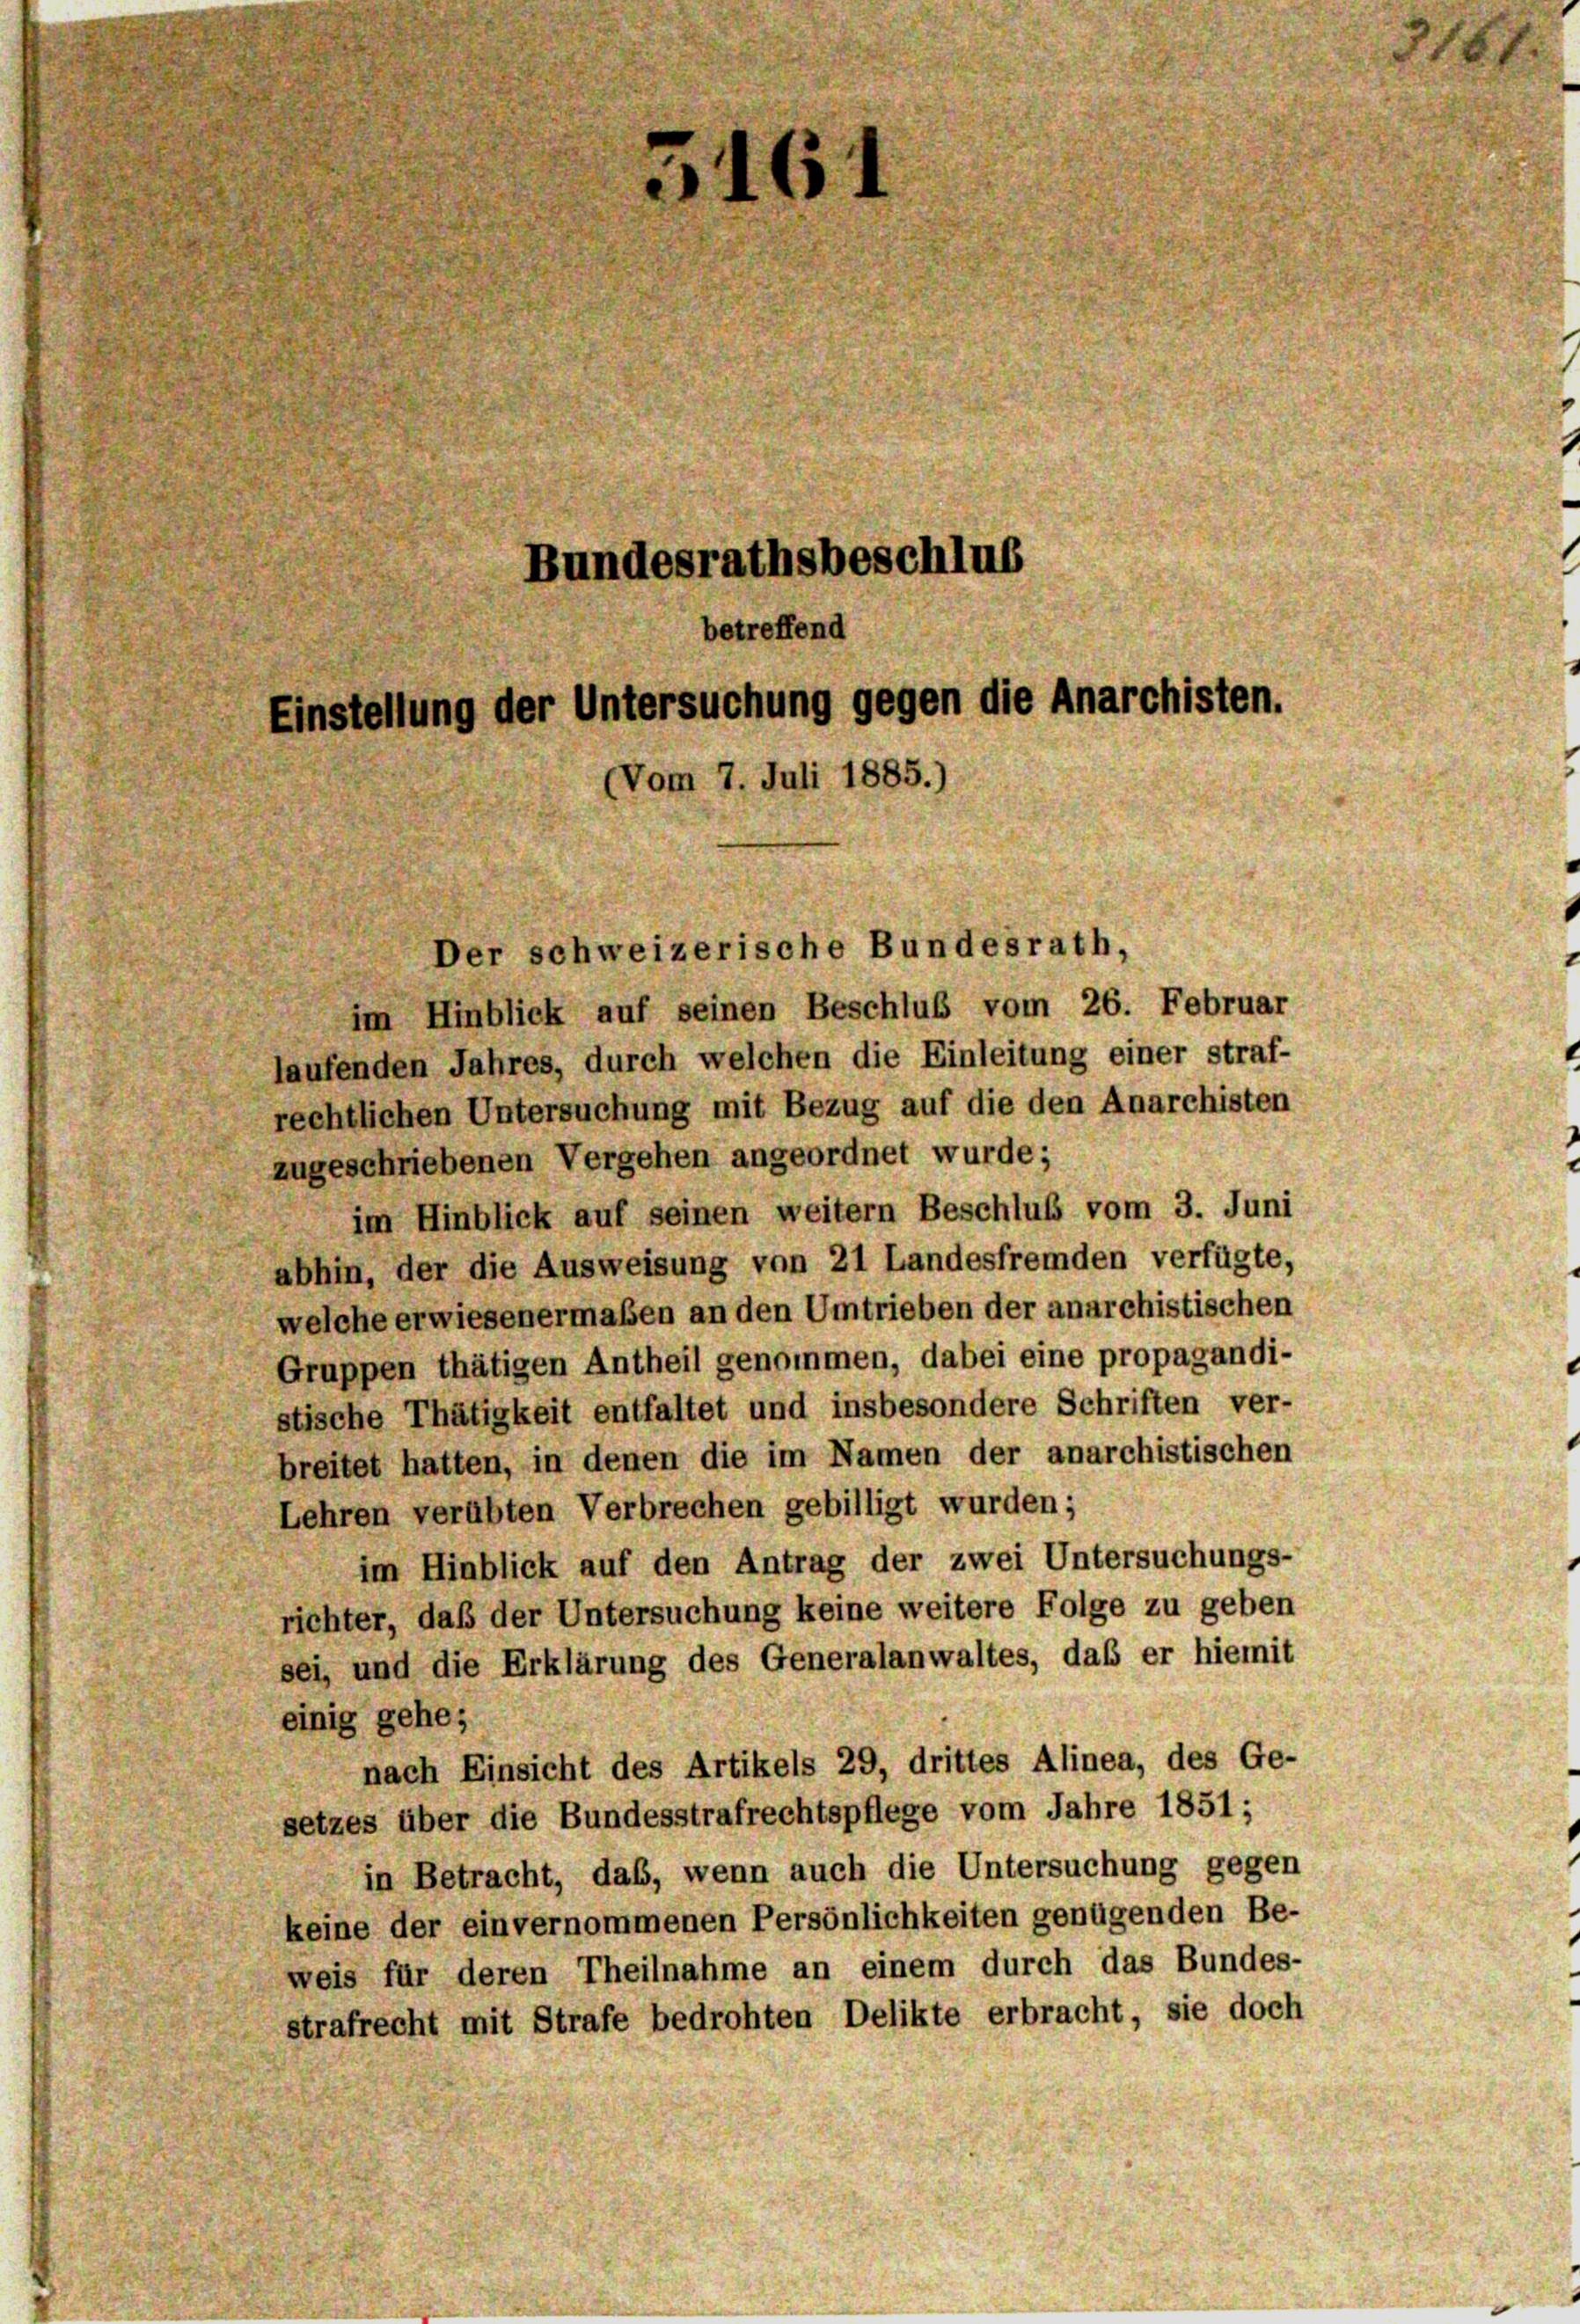
Bundesrathsbeschlus
betreffend
Einstellung der Untersuchung gegen die Anarchisten.
Vom 7. Juli 1885.

Der schweizerische Bundesrath,

im Hinblick auf seinen Beschluß vom 26. Februar
laufenden Jahres, durch welchen die Einleitung einer straf-
rechtlichen Untersuchung mit Bezug auf die den Anarchisten
zugeschriebenen Vergehen angeordnet wurde;
im Hinblick auf seinen weitern Beschluß vom 3. Juni
abhin, der die Ausweisung von 21 Landesfremden verfügte,
welche erwiesenermaßen an den Umtrieben der anarchistischen
Gruppen thätigen Antheil genommen, dabei eine propagandi-
stische Thätigkeit entfaltet und insbesondere Schriften ver-
breitet hatten, in denen die im Namen der anarchistischen
Lehren verübten Verbrechen gebilligt wurden;
im Hinblick auf den Antrag der zwei Untersuchungs-
richter, daß der Untersuchung keine weitere Folge zu geben
sei, und die Erklärung des Generalanwaltes, daß er hiemit
einig gehe;
nach Einsicht des Artikels 29, drittes Alinea, des Ge-
setzes über die Bundesstrafrechtspflege vom Jahre 1851;
in Betracht, das, wenn auch die Untersuchung gegen
keine der einvernommenen Persönlichkeiten genügenden Be-
weis für deren Theilnahme an einem durch das Bundes-
strafrecht mit Strafe bedrohten Delikte erbracht, sie doch